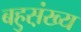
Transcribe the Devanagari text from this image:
बहुस़़ंख्य